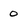
Character: 0